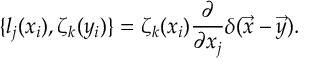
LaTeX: \{ l _ { j } ( x _ { i } ) , \zeta _ { k } ( y _ { i } ) \} = \zeta _ { k } ( x _ { i } ) \frac { \partial } { \partial x _ { j } } \delta ( \vec { x } - \vec { y } ) .